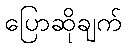
ပြောဆိုချက်